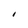
Character: I